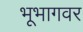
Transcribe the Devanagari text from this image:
भूभागवर